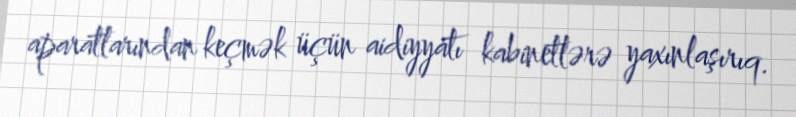
aparatlarından keçmək üçün aidiyyatı kabinetlərə yaxınlaşırıq.